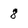
Character: 8